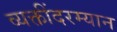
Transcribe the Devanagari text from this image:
व्यक्तींदरम्यान